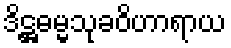
ဒိဋ္ဌဓမ္မသုခဝိဟာရာယ